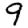
Digit: 9